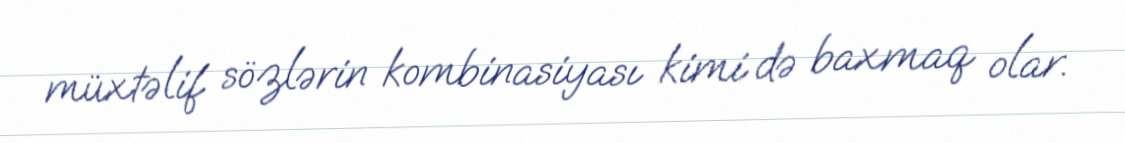
müxtəlif sözlərin kombinasiyası kimi də baxmaq olar.